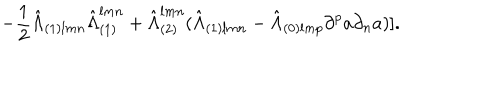
- { \frac { 1 } { 2 } } { \hat { \Lambda } } _ { ( 1 ) l m n } { \hat { \Lambda } } _ { ( 1 ) } ^ { l m n } + { \hat { \Lambda } } _ { ( 2 ) } ^ { l m n } ( { \hat { \Lambda } } _ { ( 1 ) l m n } - { \hat { \Lambda } } _ { ( 0 ) l m p } \partial ^ { p } a \partial _ { n } a ) ] .